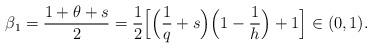
LaTeX: \begin{align*}\beta_1=\frac{1+\theta+s}{2}=\frac{1}{2}\Big[\Big(\frac{1}{q}+s\Big)\Big(1-\frac{1}{h}\Big)+1\Big]\in (0,1).\end{align*}